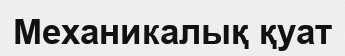
Механикалық қуат